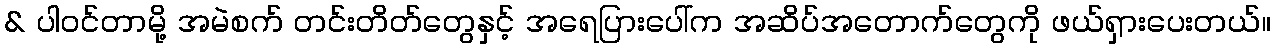
& ပါဝင်တာမို့ အမဲစက် တင်းတိတ်တွေနှင့် အရေပြားပေါ်က အဆိပ်အတောက်တွေကို ဖယ်ရှားပေးတယ်။